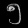
Digit: ၅